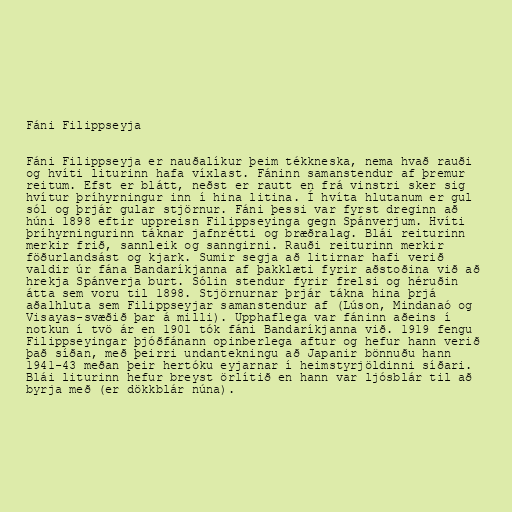
Fáni Filippseyja

Fáni Filippseyja er nauðalíkur þeim tékkneska, nema hvað rauði
og hvíti liturinn hafa víxlast. Fáninn samanstendur af þremur
reitum. Efst er blátt, neðst er rautt en frá vinstri sker sig
hvítur þríhyrningur inn í hina litina. Í hvíta hlutanum er gul
sól og þrjár gular stjörnur. Fáni þessi var fyrst dreginn að
húni 1898 eftir uppreisn Filippseyinga gegn Spánverjum. Hvíti
þríhyrningurinn táknar jafnrétti og bræðralag. Blái reiturinn
merkir frið, sannleik og sanngirni. Rauði reiturinn merkir
föðurlandsást og kjark. Sumir segja að litirnar hafi verið
valdir úr fána Bandaríkjanna af þakklæti fyrir aðstoðina við að
hrekja Spánverja burt. Sólin stendur fyrir frelsi og héruðin
átta sem voru til 1898. Stjörnurnar þrjár tákna hina þrjá
aðalhluta sem Filippseyjar samanstendur af (Lúson, Mindanaó og
Visayas-svæðið þar á milli). Upphaflega var fáninn aðeins í
notkun í tvö ár en 1901 tók fáni Bandaríkjanna við. 1919 fengu
Filippseyingar þjóðfánann opinberlega aftur og hefur hann verið
það síðan, með þeirri undantekningu að Japanir bönnuðu hann
1941-43 meðan þeir hertóku eyjarnar í heimstyrjöldinni síðari.
Blái liturinn hefur breyst örlítið en hann var ljósblár til að
byrja með (er dökkblár núna).